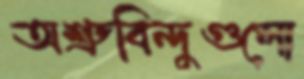
অশ্রুবিন্দুগুলো